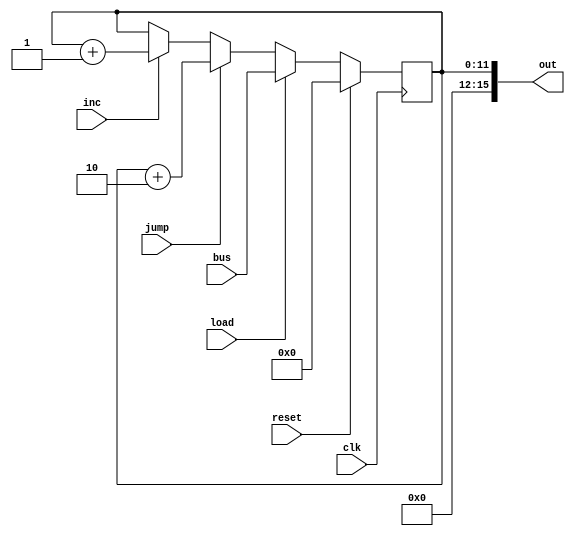
module pc(
    input clk,
    input load,
    input inc,
    input jump,
    input[11:0] bus,
    output[15:0] out,
    input reset
);

initial begin
    register = 12'b0;
end

reg[11:0] register;

always @(negedge clk) begin
    if (reset) begin
        register <= 12'b0;
    end else if (load) begin
        register <= bus;
    end else if (jump) begin
        register <= register + 2;
    end else if (inc) begin
        register <= register + 1;
    end
end

assign out = {4'b0000, register};

endmodule